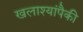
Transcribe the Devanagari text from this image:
खलाश्यांपैकी